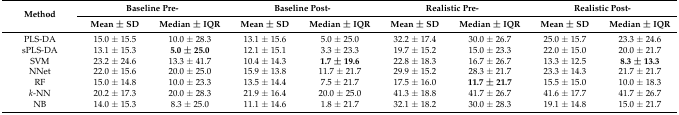
<table><thead><tr><td rowspan="2"><b>Method</b></td><td colspan="2"><b>Baseline Pre-</b></td><td colspan="2"><b>Baseline Post-</b></td><td colspan="2"><b>Realistic Pre-</b></td><td colspan="2"><b>Realistic Post-</b></td></tr><tr><td><b>Mean ± SD</b></td><td><b>Median ± IQR</b></td><td><b>Mean ± SD</b></td><td><b>Median ± IQR</b></td><td><b>Mean ± SD</b></td><td><b>Median ± IQR</b></td><td><b>Mean ± SD</b></td><td><b>Median ± IQR</b></td></tr></thead><tbody><tr><td>PLS-DA</td><td>15.0 ± 15.5</td><td>10.0 ± 28.3</td><td>13.1 ± 15.6</td><td>5.0 ± 25.0</td><td>32.2 ± 17.4</td><td>30.0 ± 26.7</td><td>25.0 ± 15.7</td><td>23.3 ± 24.6</td></tr><tr><td>sPLS-DA</td><td>13.1 ± 15.3</td><td><b>5.0 ± 25.0</b></td><td>12.1 ± 15.1</td><td>3.3 ± 23.3</td><td>19.7 ± 15.2</td><td>15.0 ± 23.3</td><td>22.0 ± 15.0</td><td>20.0 ± 21.7</td></tr><tr><td>SVM</td><td>23.2 ± 24.6</td><td>13.3 ± 41.7</td><td>10.4 ± 14.3</td><td><b>1.7 ± 19.6</b></td><td>22.8 ± 18.3</td><td>16.7 ± 26.7</td><td>13.3 ± 12.5</td><td><b>8.3 ± 13.3</b></td></tr><tr><td>NNet</td><td>22.0 ± 15.6</td><td>20.0 ± 25.0</td><td>15.9 ± 13.8</td><td>11.7 ± 21.7</td><td>29.9 ± 15.2</td><td>28.3 ± 21.7</td><td>23.3 ± 14.3</td><td>21.7 ± 21.7</td></tr><tr><td>RF</td><td>15.0 ± 14.8</td><td>10.0 ± 23.3</td><td>13.5 ± 14.4</td><td>7.5 ± 21.7</td><td>17.5 ± 16.0</td><td><b>11.7 ± 21.7</b></td><td>15.5 ± 15.0</td><td>10.0 ± 18.3</td></tr><tr><td><i>k</i>-NN</td><td>20.2 ± 17.3</td><td>20.0 ± 28.3</td><td>21.9 ± 16.4</td><td>20.0 ± 25.0</td><td>41.3 ± 18.8</td><td>41.7 ± 26.7</td><td>41.6 ± 17.7</td><td>41.7 ± 26.7</td></tr><tr><td>NB</td><td>14.0 ± 15.3</td><td>8.3 ± 25.0</td><td>11.1 ± 14.6</td><td>1.8 ± 21.7</td><td>32.1 ± 18.2</td><td>30.0 ± 28.3</td><td>19.1 ± 14.8</td><td>15.0 ± 21.7</td></tr></tbody></table>